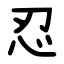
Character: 忍